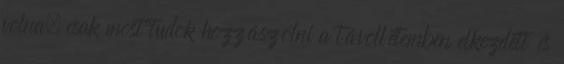
volna, csak most tudok hozzászólni a távollétemben elkezdett és